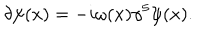
\delta \psi ( x ) = - i \omega ( x ) \gamma ^ { 5 } \psi ( x ) .